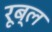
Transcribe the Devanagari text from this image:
रूब्ल